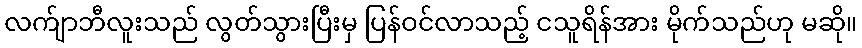
လက်ျာဘီလူးသည် လွတ်သွားပြီးမှ ပြန်ဝင်လာသည့် ငသူရိန်အား မိုက်သည်ဟု မဆို။